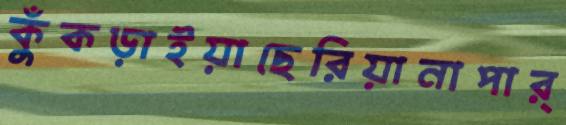
কুঁকড়াইয়াছেরিয়ানাপার্